Indian journal of veterinary science and animal husbandry - Volume 12,
Year: 1942
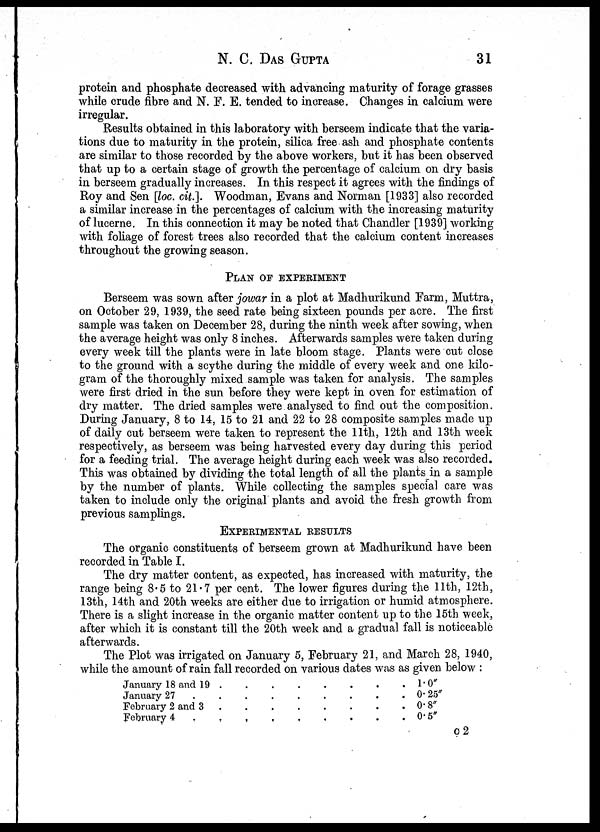
N. C.
DAS
GUPTA
31
protein and phosphate decreased with advancing maturity of forage grasses
while crude fibre and N. F. E. tended to increase. Changes in calcium were
irregular.
Results obtained in this laboratory with berseem indicate that the varia-
tions due to maturity in the protein, silica free ash and phosphate contents
are similar to those recorded by the above workers, but it has been observed
that up to a certain stage of growth the percentage of calcium on dry basis
in berseem gradually increases. In this respect it agrees with the findings of
Roy and Sen [loc. cit.]. Woodman, Evans and Norman [1933] also recorded
a similar increase in the percentages of calcium with the increasing maturity
of lucerne. In this connection it may be noted that Chandler [1939] working
with foliage of forest trees also recorded that the calcium content increases
throughout the growing season.
PLAN OF EXPERIMENT
Berseem was sown after jowar in a plot at Madhurikund Farm, Muttra,
on October 29, 1939, the seed rate being sixteen pounds per acre. The first
sample was taken on December 28, during the ninth week after sowing, when
the average height was only 8 inches. Afterwards samples were taken during
every week till the plants were in late bloom stage. Plants were cut close
to the ground with a scythe during the middle of every week and one kilo-
gram of the thoroughly mixed sample was taken for analysis. The samples
were first dried in the sun before they were kept in oven for estimation of
dry matter. The dried samples were analysed to find out the composition.
During January, 8 to 14, 15 to 21 and 22 to 28 composite samples made up
of daily cut berseem were taken to represent the 11th, 12th and 13th week
respectively, as berseem was being harvested every day during this period
for a feeding trial. The average height during each week was also recorded.
This was obtained by dividing the total length of all the plants in a sample
by the number of plants. While collecting the samples special care was
taken to include only the original plants and avoid the fresh growth from
previous samplings.
EXPERIMENTAL RESULTS
The organic constituents of berseem grown at Madhurikund have been
recorded in Table I.
The dry matter content, as expected, has increased with maturity, the
range being 8.5 to 21.7 per cent. The lower figures during the 11th, 12th,
13th, 14th and 20th weeks are either due to irrigation or humid atmosphere.
There is a slight increase in the organic matter content up to the 15th week,
after which it is constant till the 20th week and a gradual fall is noticeable
afterwards.
The Plot was irrigated on January 5, February 21, and March 28, 1940,
while the amount of rain fall recorded on various dates was as given below :
January 18 and 19 . . . . . . . .
January 27 . . . . . . . . .
February 2 and 3 . . . . . . . .
February 4 . . . . . . . .
1.0"
0.25"
0.8"
0.5"
C 2